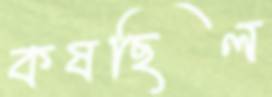
কষছিল